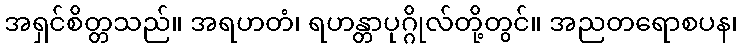
အရှင်စိတ္တသည်။ အရဟတံ၊ ရဟန္တာပုဂ္ဂိုလ်တို့တွင်။ အညတရောစပန၊